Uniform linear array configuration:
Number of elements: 8
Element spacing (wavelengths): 0.5
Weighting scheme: cosine
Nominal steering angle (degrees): -15
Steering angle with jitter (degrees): -13.729
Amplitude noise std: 0.05
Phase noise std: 0.05

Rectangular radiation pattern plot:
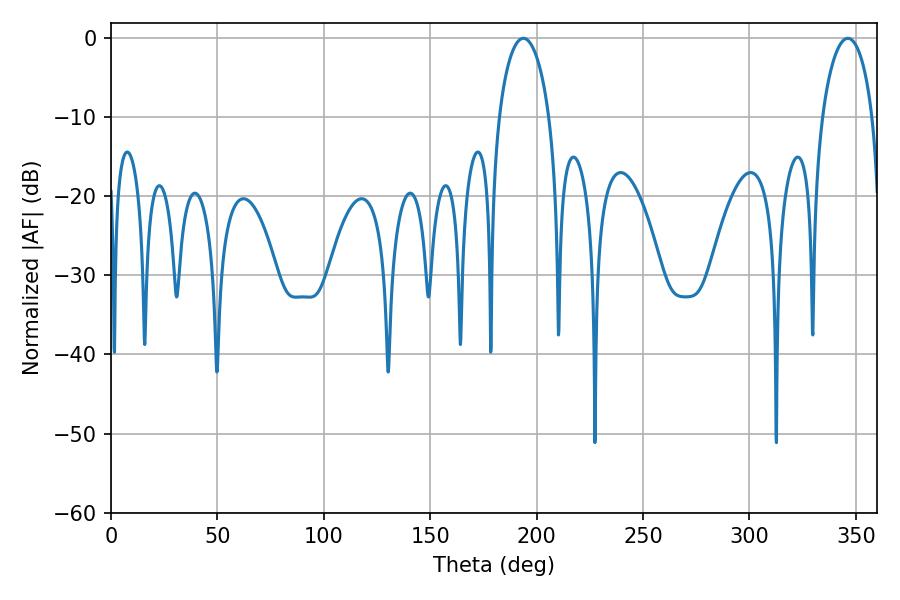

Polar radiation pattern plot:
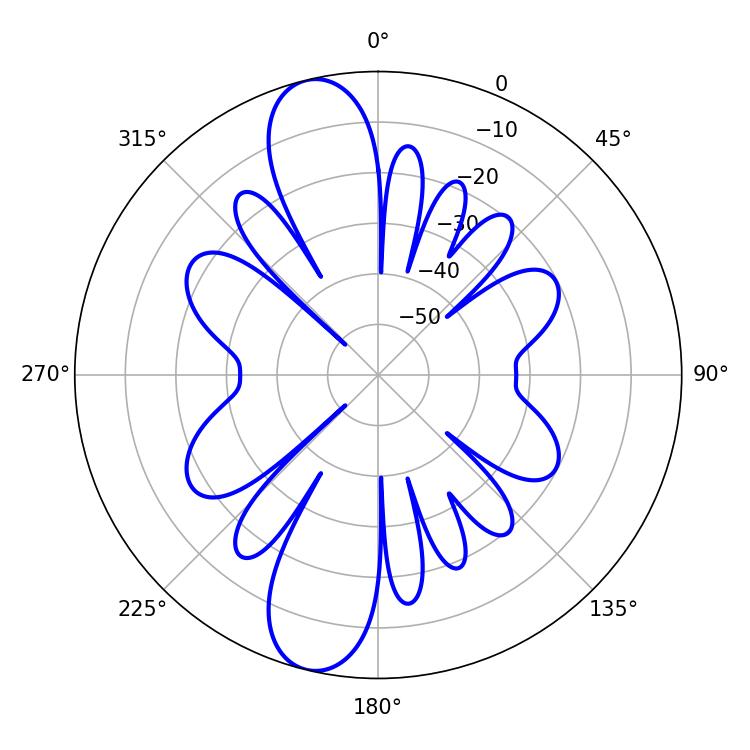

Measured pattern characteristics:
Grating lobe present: FALSE
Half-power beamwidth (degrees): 13.68
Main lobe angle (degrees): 193.68